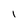
Character: 1